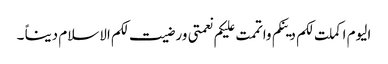
الیوم اکملت لکم دینکم واتممت علیکم نعمتی ورضیت لکم الاسلام دیناً ۔